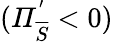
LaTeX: (\mathit{\Pi}_{\overline{{S}}}^{'}<0)